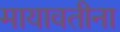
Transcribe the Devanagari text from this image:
मायावतीना